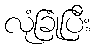
လုံခြုံပြီး